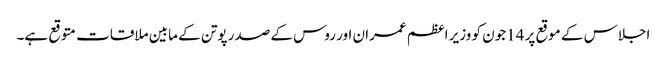
اجلاس کے موقع پر 14جون کو وزیر اعظم عمران اور روس کے صدر پوتن کے مابین ملاقات متوقع ہے۔